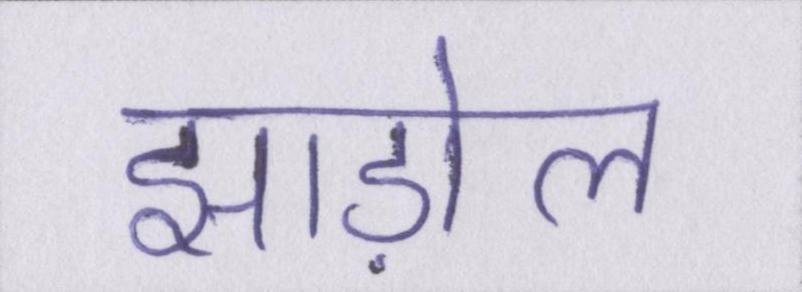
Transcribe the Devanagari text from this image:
झाड़ोल